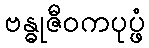
ဗန္ဓုဇီဝကပုပ္ဖံ